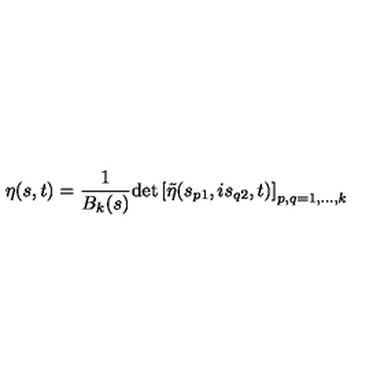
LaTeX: \eta ( s , t ) = \frac { 1 } { B _ { k } ( s ) } \mathrm { d e t } \left[ \tilde { \eta } ( s _ { p 1 } , i s _ { q 2 } , t ) \right] _ { p , q = 1 , \ldots , k }